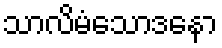
သာလိမံသောဒနော